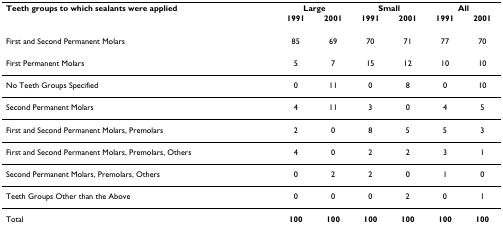
<table><thead><tr><td><b>Teeth groups to which sealants were applied</b></td><td colspan="2"><b>Large</b></td><td colspan="2"><b>Small</b></td><td colspan="2"><b>All</b></td></tr><tr><td></td><td><b>1991</b></td><td><b>2001</b></td><td><b>1991</b></td><td><b>2001</b></td><td><b>1991</b></td><td><b>2001</b></td></tr></thead><tbody><tr><td>First and Second Permanent Molars</td><td>85</td><td>69</td><td>70</td><td>71</td><td>77</td><td>70</td></tr><tr><td>First Permanent Molars</td><td>5</td><td>7</td><td>15</td><td>12</td><td>10</td><td>10</td></tr><tr><td>No Teeth Groups Specified</td><td>0</td><td>11</td><td>0</td><td>8</td><td>0</td><td>10</td></tr><tr><td>Second Permanent Molars</td><td>4</td><td>11</td><td>3</td><td>0</td><td>4</td><td>5</td></tr><tr><td>First and Second Permanent Molars, Premolars</td><td>2</td><td>0</td><td>8</td><td>5</td><td>5</td><td>3</td></tr><tr><td>First and Second Permanent Molars, Premolars, Others</td><td>4</td><td>0</td><td>2</td><td>2</td><td>3</td><td>1</td></tr><tr><td>Second Permanent Molars, Premolars, Others</td><td>0</td><td>2</td><td>2</td><td>0</td><td>1</td><td>0</td></tr><tr><td>Teeth Groups Other than the Above</td><td>0</td><td>0</td><td>0</td><td>2</td><td>0</td><td>1</td></tr><tr><td>Total</td><td><b>100</b></td><td><b>100</b></td><td><b>100</b></td><td><b>100</b></td><td><b>100</b></td><td><b>100</b></td></tr></tbody></table>